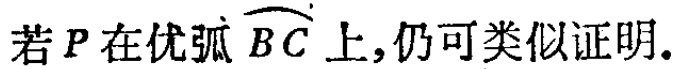
若 \(P\) 在优弧 \(\overset{\frown}{BC}\) 上,仍可类似证明.